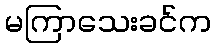
မကြာသေးခင်က